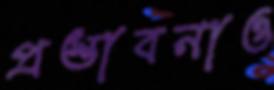
প্রস্তাবনাও